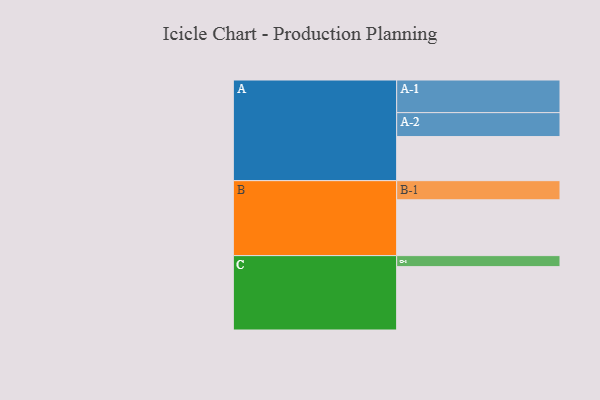
{"axis": {"x": "Segment", "y": "Value"}, "legend": ["", "A", "B", "C"], "data": [{"x": "A", "y": 396, "type": ""}, {"x": "B", "y": 501, "type": ""}, {"x": "C", "y": 569, "type": ""}, {"x": "A-1", "y": 293, "type": "A"}, {"x": "A-2", "y": 215, "type": "A"}, {"x": "B-1", "y": 172, "type": "B"}, {"x": "C-1", "y": 99, "type": "C"}]}